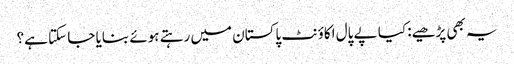
یہ بھی پڑھیے: کیا پے پال اکاؤنٹ پاکستان میں رہتے ہوئے بنایا جا سکتا ہے؟